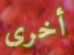
أخرى